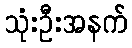
သုံးဦးအနက်